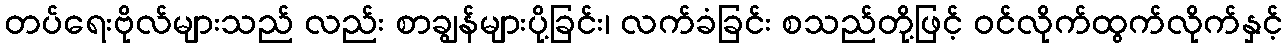
တပ်ရေးဗိုလ်များသည် လည်း စာချွန်များပို့ခြင်း၊ လက်ခံခြင်း စသည်တို့ဖြင့် ဝင်လိုက်ထွက်လိုက်နှင့်